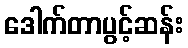
ဒေါက်တာပွင့်ဆန်း